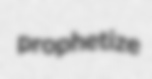
prophetize